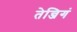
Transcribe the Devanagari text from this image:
तेन्जिगं